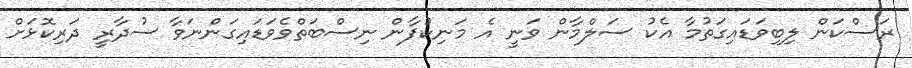
ރަސްކަން ލިބިވަޑައިގަތުމާ އެކު ސަލްމާން ވަނީ އެ މަނިކުފާން ނިސްބަތްވެވަޑައިގަންނަވާ ސުދާރީ ދަރިކޮޅަށް